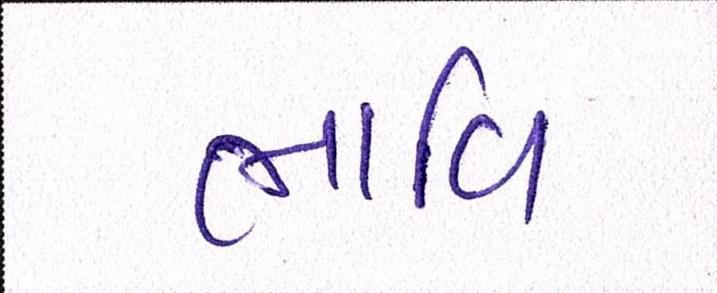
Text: ભાવિ